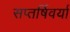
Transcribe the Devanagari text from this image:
सप्तर्षिवर्या